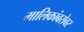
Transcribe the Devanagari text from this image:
मालिकांबरोबर